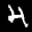
Label: 4